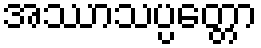
အဿာသပ္ပတ္တော